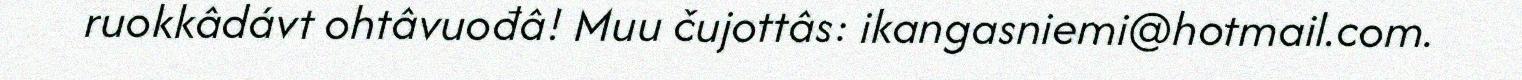
ruokkâdávt ohtâvuođâ! Muu čujottâs: ikangasniemi@hotmail.com.